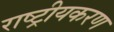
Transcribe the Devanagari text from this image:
राष्‍ट्रीयकरण